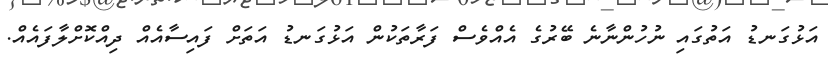
އަޅުގަނޑު އަތުގައި ނުހުންނާނެ ބޭރުގެ އެއްވެސް ފަރާތަކުން އަޅުގަނޑު އަތަށް ފައިސާއެއް ދިއްކޮށްލާފައެއް.